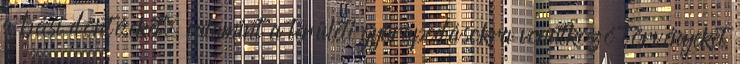
a bécsi döntéseket, valamint a területi gyarapodásokra vonatkozó törvényeket